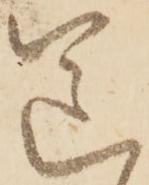
送